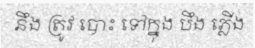
នឹង ត្រូវ បោះ ទៅក្នុង បឹង ភ្លើង